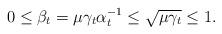
LaTeX: \begin{align*}0\leq\beta_t=\mu\gamma_t\alpha_t^{-1}\leq\sqrt{\mu\gamma_t}\leq 1.\end{align*}